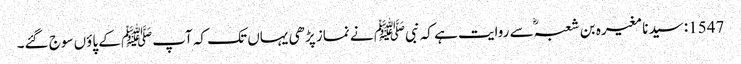
1547: سیدنا مغیرہ بن شعبہؓ سے روایت ہے کہ نبیﷺ نے نماز پڑھی یہاں تک کہ آپﷺ کے پاؤں سوج گئے۔